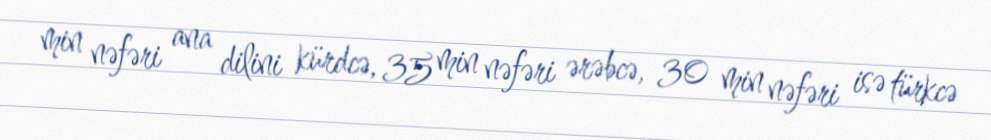
min nəfəri ana dilini kürdcə, 35 min nəfəri ərəbcə, 30 min nəfəri isə türkcə